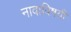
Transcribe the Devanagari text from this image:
नावाविषयी